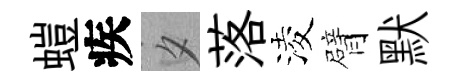
螘疾夕落淩臂默